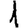
Digit: 1